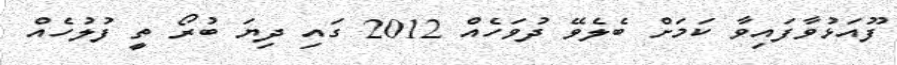
ފޫއަޅުވާފައިވާ ކަމަށް ބެލެވޭ ދުވަހެއް 2012 ގައި ދިޔަ ބުރޯ ތީ ފުލުހެއް